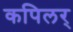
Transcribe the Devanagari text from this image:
कपिलर्